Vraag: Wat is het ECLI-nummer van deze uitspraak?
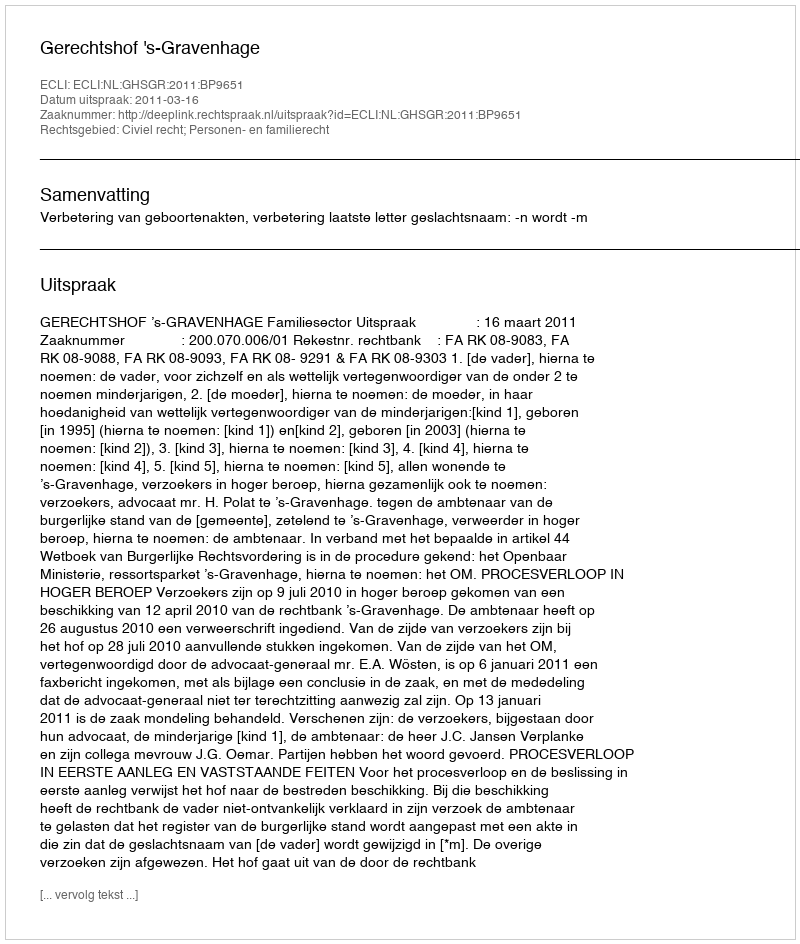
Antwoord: ECLI:NL:GHSGR:2011:BP9651